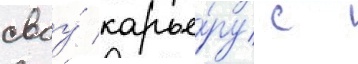
своу́ карье́ру с